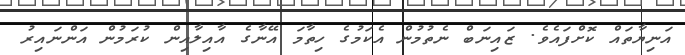
އަނިޔާތައް ކޮށްފައެވެ. ޒައިނަބް ނެތުމުން އެކަމުގެ ހިތާމަ އޭނާގެ އާއިލާއިން ކުރަމުން އަންނައިރު